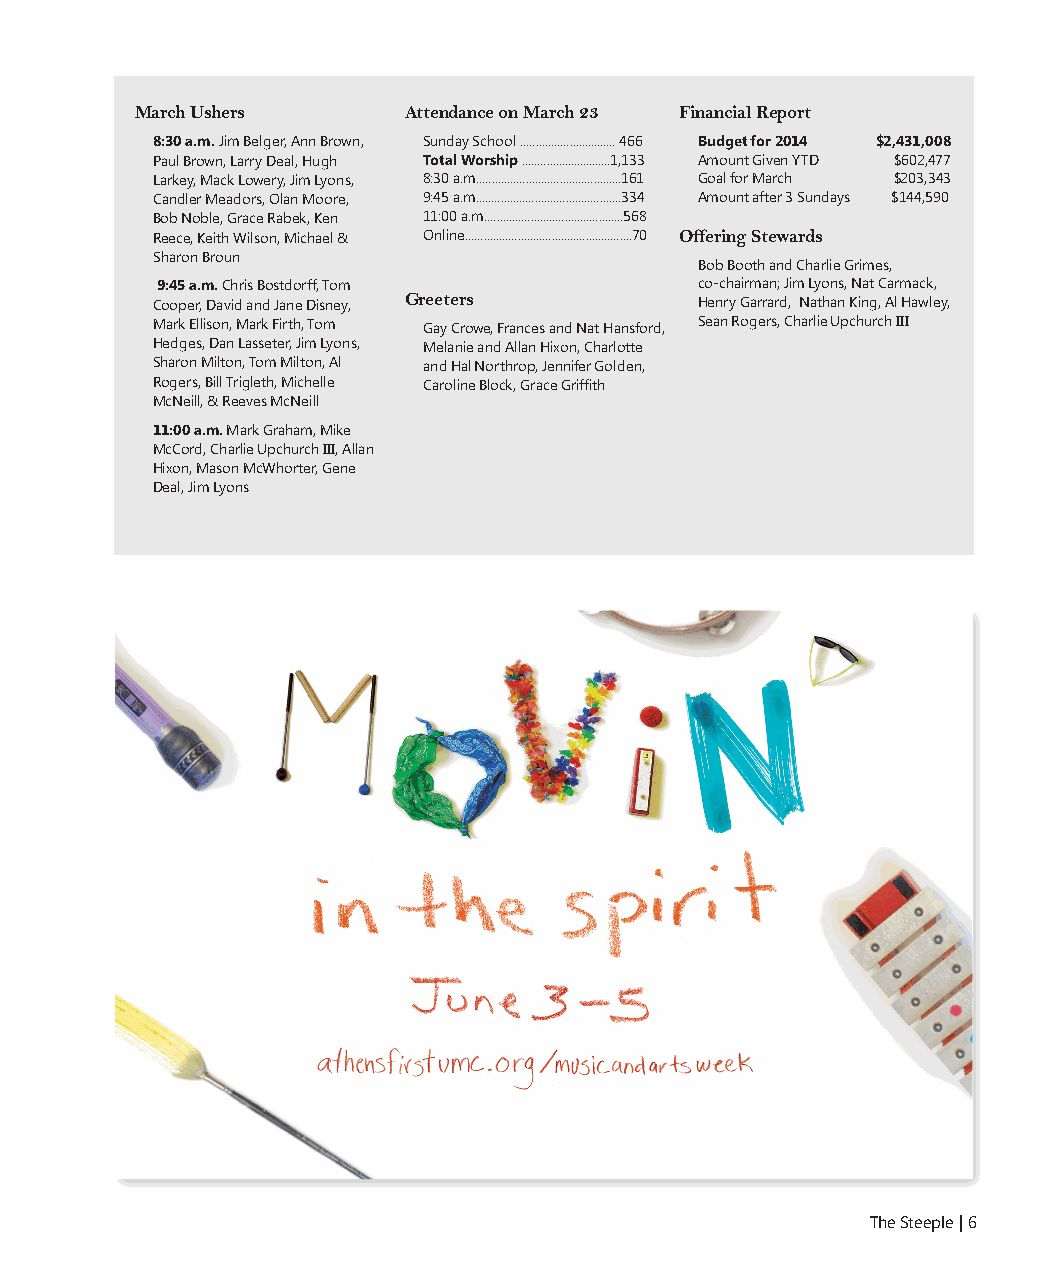
March Ushers      Attendance on March 23 Financial Report
 8:30 a.m. Jim Belger, Ann Brown, Sunday School ............................... 466 Budget for 2014 $2,431,008
 Paul Brown, Larry Deal, Hugh Total Worship .............................1,133 Amount Given YTD $602,477
 Larkey, Mack Lowery, Jim Lyons, 8:30 a.m...............................................161 Goal for March $203,343
 Candler Meadors, Olan Moore, 9:45 a.m...............................................334 Amount after 3 Sundays $144,590
 Bob Noble, Grace Rabek, Ken 11:00 a.m.............................................568
 Reece, Keith Wilson, Michael & Online......................................................70 Offering Stewards
 Sharon Broun
 Bob Booth and Charlie Grimes,
 9:45 a.m. Chris Bostdorff, Tom      co-chairman; Jim Lyons, Nat Carmack,
 Cooper, David and Jane Disney, Greeters Henry Garrard, Nathan King, Al Hawley,
 Mark Ellison, Mark Firth, Tom Gay Crowe, Frances and Nat Hansford, Sean Rogers, Charlie Upchurch III
 Hedges, Dan Lasseter, Jim Lyons, Melanie and Allan Hixon, Charlotte
 Sharon Milton, Tom Milton, Al and Hal Northrop, Jennifer Golden,
 Rogers, Bill Trigleth, Michelle Caroline Block, Grace Griffith
 McNeill, & Reeves McNeill
 11:00 a.m. Mark Graham, Mike
 McCord, Charlie Upchurch III, Allan
 Hixon, Mason McWhorter, Gene
 Deal, Jim Lyons
 The Steeple | 6